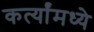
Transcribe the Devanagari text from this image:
कर्त्यांमध्ये